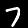
Label: 7